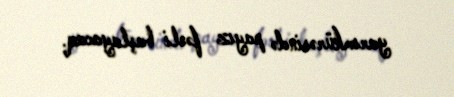
yarımkürəsində payız fəsli başlayacaq.